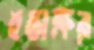
হস্তাক্ষর